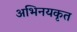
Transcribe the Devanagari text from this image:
अभिनयकृत